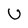
Character: U